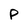
Character: P